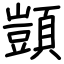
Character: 顗